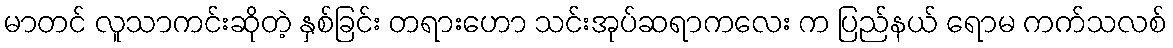
မာတင် လူသာကင်းဆိုတဲ့ နှစ်ခြင်း တရားဟော သင်းအုပ်ဆရာကလေး က ပြည်နယ် ရောမ ကက်သလစ်